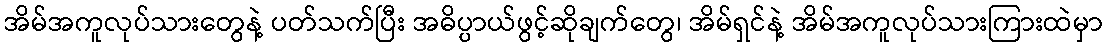
အိမ်အကူလုပ်သားတွေနဲ့ ပတ်သက်ပြီး အဓိပ္ပာယ်ဖွင့်ဆိုချက်တွေ၊ အိမ်ရှင်နဲ့ အိမ်အကူလုပ်သားကြားထဲမှာ